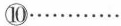
⑩…………